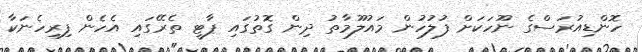
ހޮންޑިއުރަސްގެ ނޫހަކަށް ފުލުހުން މައުލޫމާތު ދިން ގޮތުގައި ޕާޓީ ތެރޭގައި އެހެން ފިރިހެނަކާ